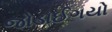
જોડાઈગયો